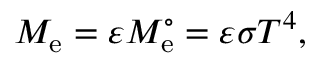
M _ { \mathrm { e } } = \varepsilon M _ { \mathrm { e } } ^ { \circ } = \varepsilon \sigma T ^ { 4 } ,